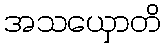
အသယှောတိ